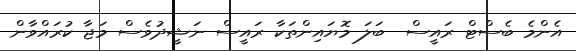
އެންމެ ބެސްޓް ރައީސް  ބަލަ މޮޔައިންތަކާ ރައީސް ނަޝީދުވެސް މަޖާ ކުރައްވާން